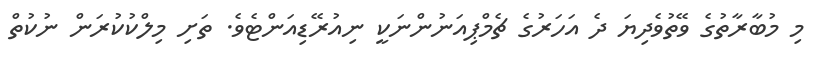
މި މުބާރާތުގެ ވޭތުވެދިޔަ ދެ އަހަރުގެ ޗެމްޕިއަނުންނަކީ ނިއުރޭޑިއަންޓެވެ. ތަށި މިލްކުކުރަން ނުކުތް